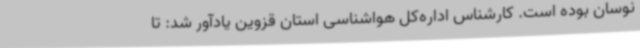
نوسان بوده است. کارشناس اداره‌کل هواشناسی استان قزوین یادآور شد: تا